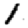
Digit: 1